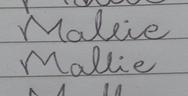
Signature authenticity: forged